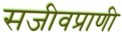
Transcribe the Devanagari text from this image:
सजीवप्राणी